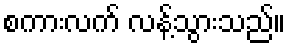
စကားလက် လန့်သွားသည်။